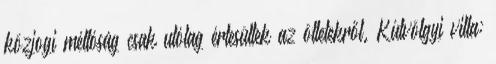
közjogi méltóság csak utólag értesültek az ötletekről. Kútvölgyi villa: